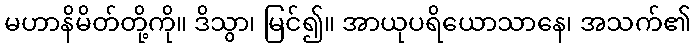
မဟာနိမိတ်တို့ကို။ ဒိသွာ၊ မြင်၍။ အာယုပရိယောသာနေ၊ အသက်၏